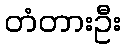
တံတားဦး